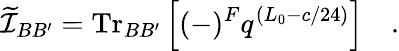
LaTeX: \widetilde{\cal I}_{BB^{\prime}}=\mathrm{Tr}_{BB^{\prime}}\left[(-)^{F}q^{(L_{0}-c/24)}\right]\quad.